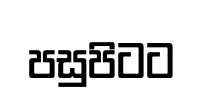
පසුපිටට